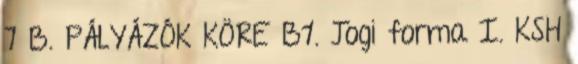
7 B. PÁLYÁZÓK KÖRE B1. Jogi forma I. KSH